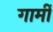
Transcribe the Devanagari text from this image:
गार्मी